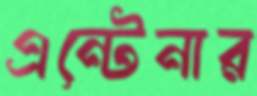
এন্টেনার